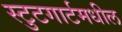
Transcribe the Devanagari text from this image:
स्टुटगार्टमधील